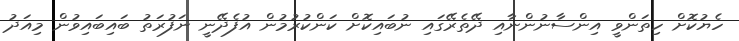
ހެޔުކޮށް ހިތަންވީ އިންސާނުންނާއި ދޭތެރޭގައި ނުބައިކޮށް ކަންކުރުމުން އުފެދޭނީ ނަފުރަތު ބައިބައިވުން މިއަދު